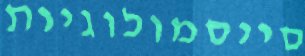
סייסמולוגיות